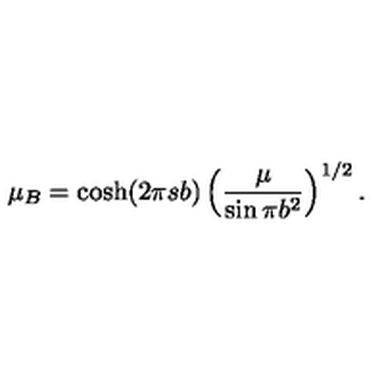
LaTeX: \mu _ { B } = \cosh ( 2 \pi s b ) \left( \frac { \mu } { \sin \pi b ^ { 2 } } \right) ^ { 1 / 2 } .